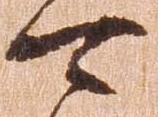
可